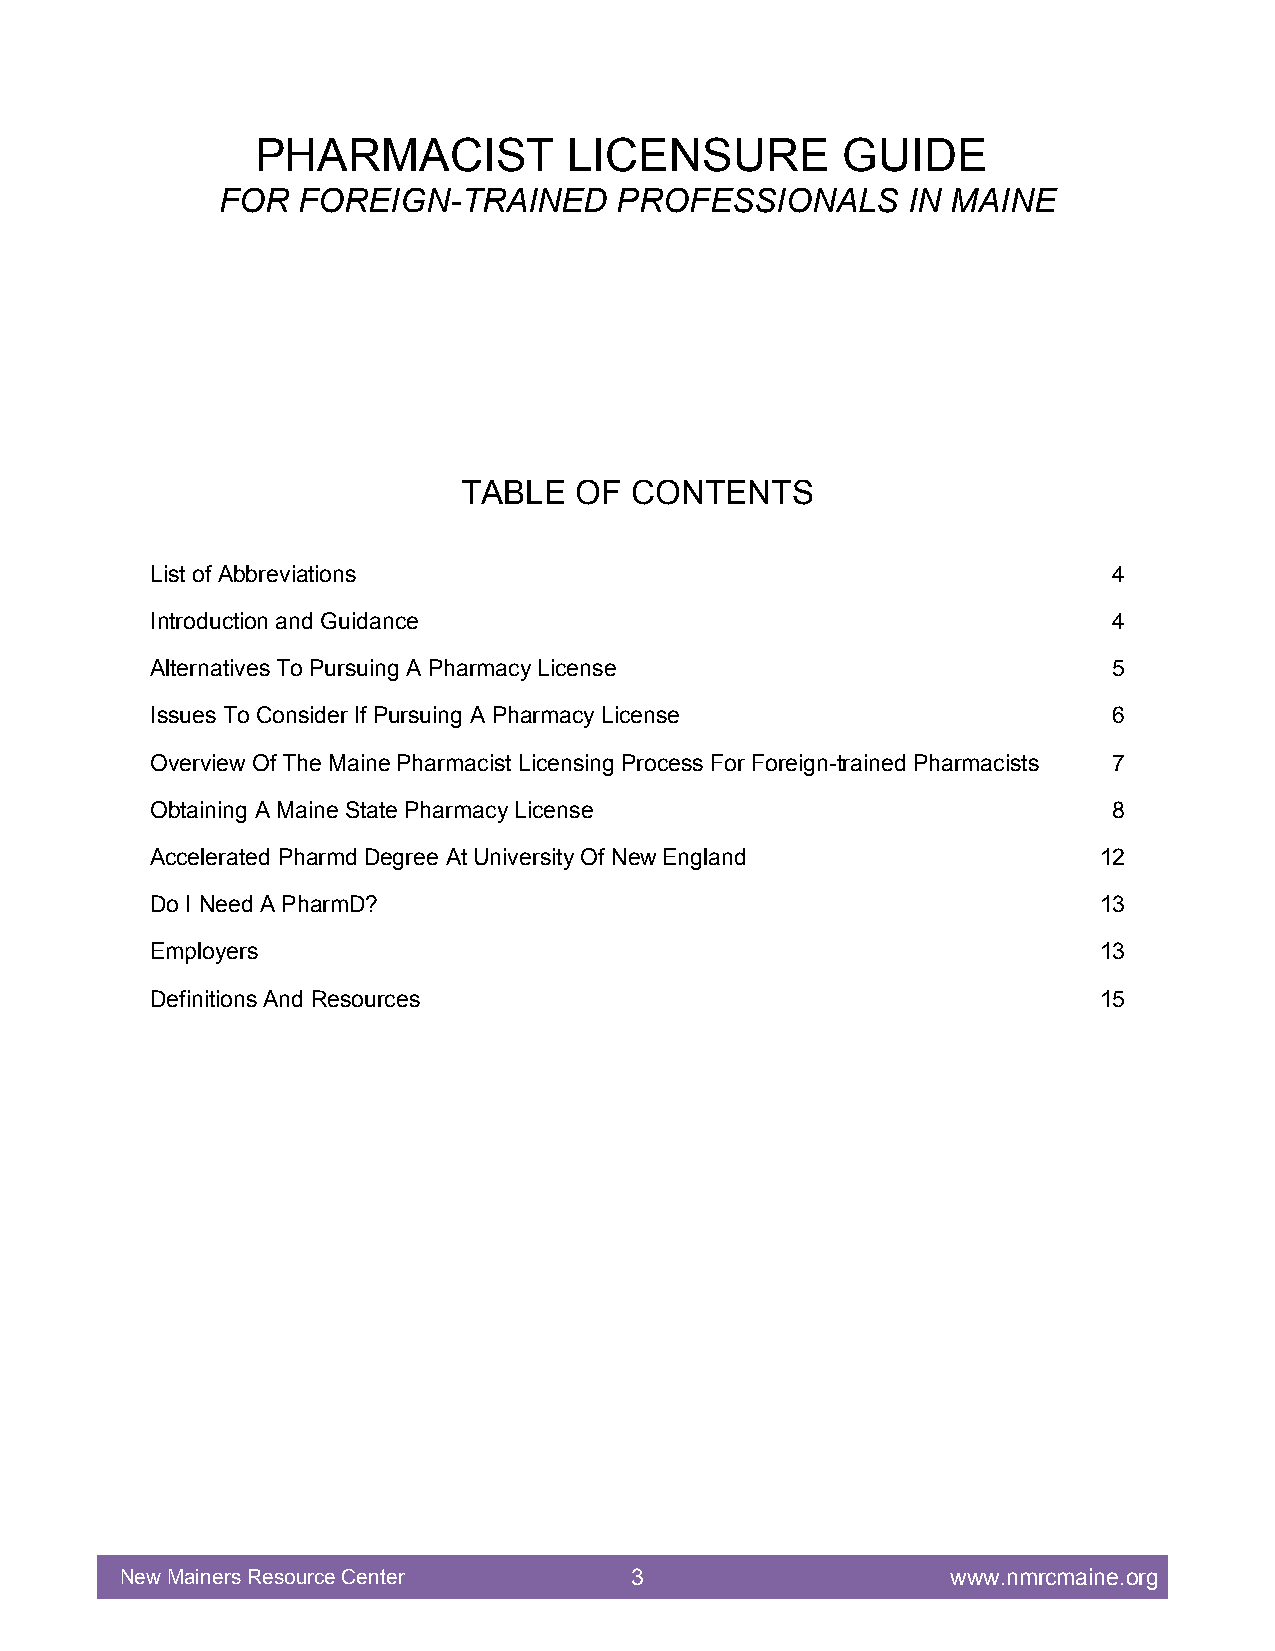
PHARMACIST           LICENSURE         GUIDE
 FOR  FOREIGN-TRAINED      PROFESSIONALS      IN MAINE
 TABLE   OF  CONTENTS
 List of Abbreviations                                           4
 Introduction and Guidance                                       4
 Alternatives To Pursuing A Pharmacy License                     5
 Issues To Consider If Pursuing A Pharmacy License               6
 Overview Of The Maine Pharmacist Licensing Process For Foreign-trained Pharmacists 7
 Obtaining A Maine State Pharmacy License                        8
 Accelerated Pharmd Degree At University Of New England         12
 Do I Need A PharmD?                                            13
 Employers                                                      13
 Definitions And Resources                                      15
 New Mainers Resource Center       3                    www.nmrcmaine.org